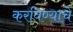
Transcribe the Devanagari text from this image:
करविण्याचे